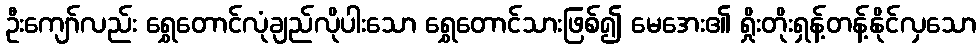
ဦးကျော်လည်း ရွှေတောင်လုံချည်လိုပါးသော ရွှေတောင်သားဖြစ်၍ မေအေး၏ ရှိုးတိုးရှန့်တန့်နိုင်လှသော